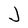
Character: J